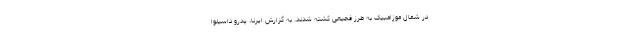
در شمال موزامبیک به طرز فجیعی کشته شدند. به گزارش ایرنا، پدرو داسیلوا